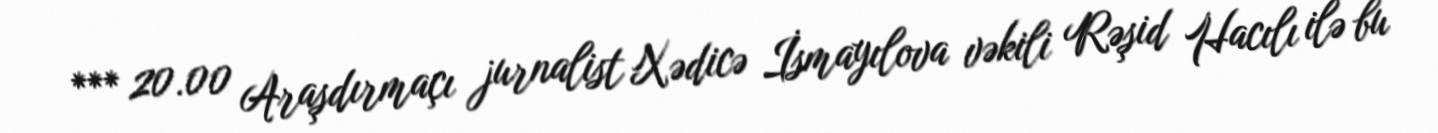
*** 20.00 Araşdırmaçı jurnalist Xədicə İsmayılova vəkili Rəşid Hacılı ilə bu